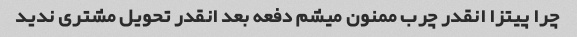
چرا پیتزا انقدر چرب ممنون میشم دفعه بعد انقدر تحویل مشتری ندید